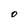
Character: O